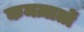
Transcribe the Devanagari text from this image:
कमज़ातों